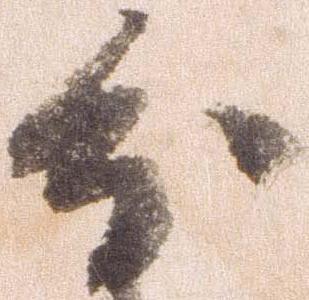
分